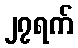
၂၇ရက်